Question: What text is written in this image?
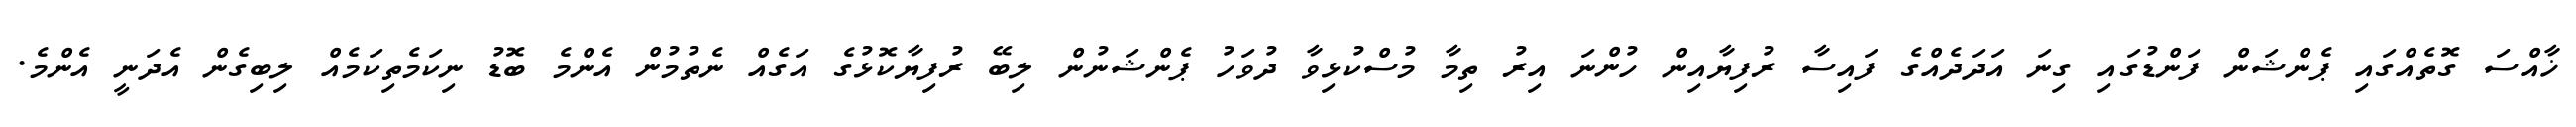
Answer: ޚާއްސަ ގޮތެއްގައި ޕެންޝަން ފަންޑުގައި ގިނަ އަދަދެއްގެ ފައިސާ ރުފިޔާއިން ހުންނަ އިރު ތިމާ މުސްކުޅިވާ ދުވަހު ޕެންޝަނުން ލިބޭ ރުފިޔާކޮޅުގެ އަގެއް ނެތުމުން އެންމެ ބޮޑު ނިކަމެތިކަމެއް ލިބިގެން އެދަނީ އެންމެ.